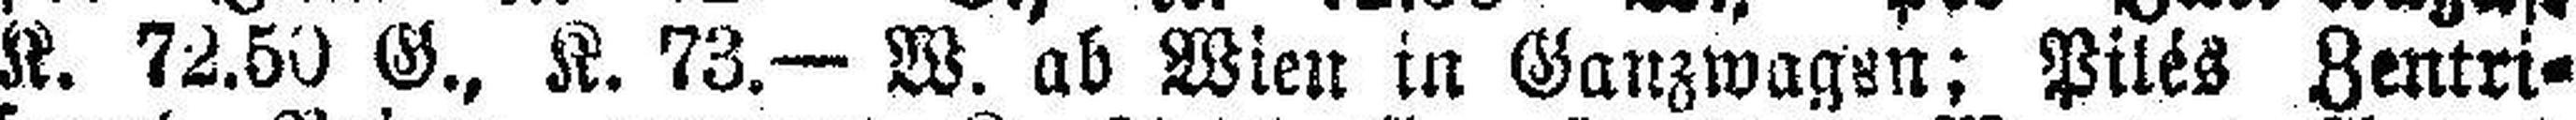
K. 72.50 G., K. 73.— W. ab Wien in Ganzwagen; Pilés Zentri¬